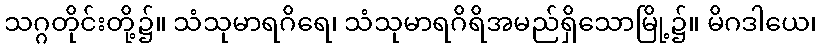
သဂ္ဂတိုင်းတို့၌။ သံသုမာရဂိရေ၊ သံသုမာရဂိရိအမည်ရှိသောမြို့၌။ မိဂဒါယေ၊